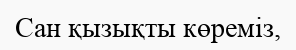
Сан қызықты көремiз,